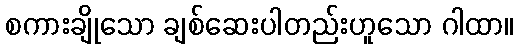
စကားချိုသော ချစ်ဆေးပါတည်းဟူသော ဂါထာ။